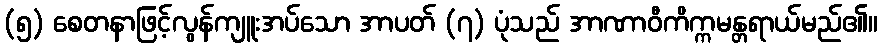
(၅) စေတနာဖြင့်လွန်ကျူးအပ်သော အာပတ် (၇) ပုံသည် အာဏာဝီကိက္ကမန္တရာယ်မည်၏။